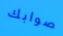
صوابك